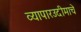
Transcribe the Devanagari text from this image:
व्यापारउदीमाचे